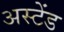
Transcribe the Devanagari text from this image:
अस्टेंड